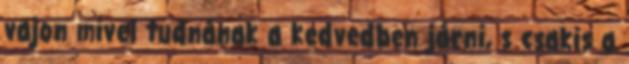
vajon mivel tudnának a kedvedben járni, s csakis a